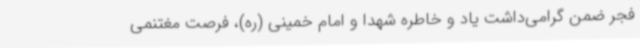
فجر ضمن گرامی‌داشت یاد و خاطره شهدا و امام خمینی (ره)، فرصت مغتنمی